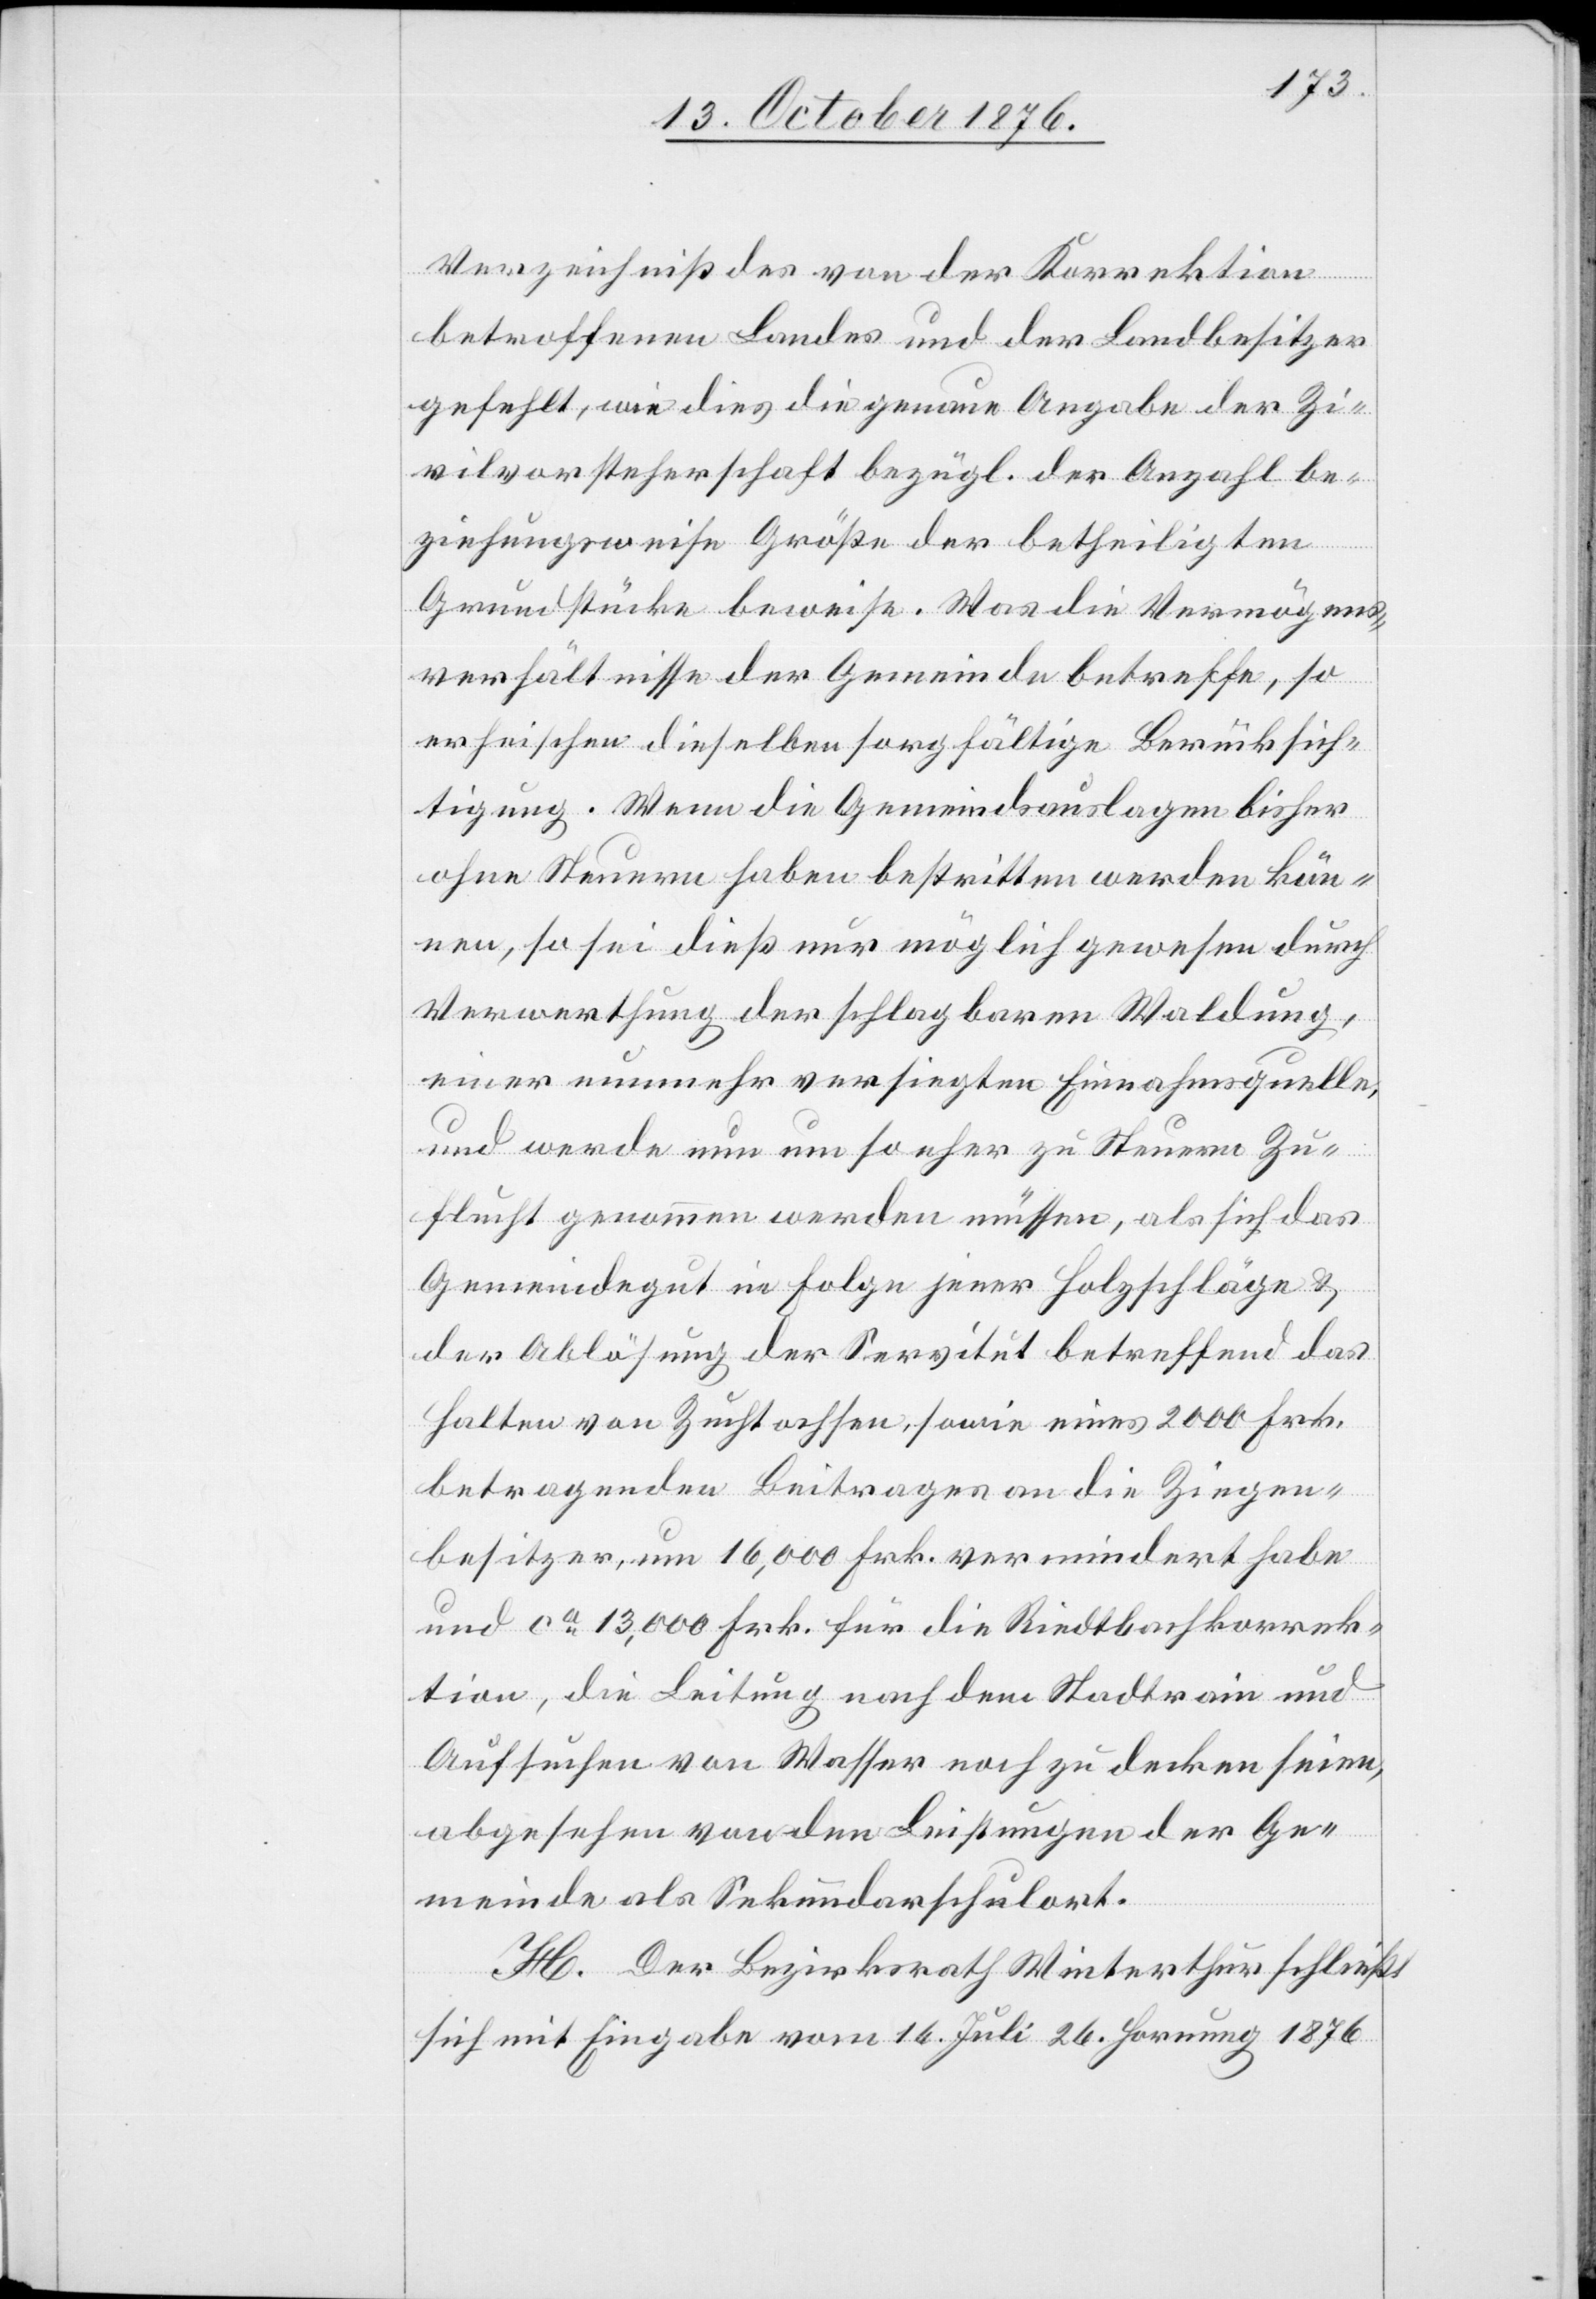
Verzeichniß des von der Korrektion
betroffenen Landes und der Landbesitzer
gefehlt, wie dies die genaue Angabe der Zi¬
vilvorsteherschaft bezügl. der Anzahl be¬
ziehungsweise Größe der betheiligten
Grundstücke beweise. Was die Vermögens¬
verhältnisse der Gemeinde betreffe, so
erheischen dieselben sorgfältige Berücksich¬
tigung. Wenn die Gemeindsauslagen bisher
ohne Steuern haben bestritten werden kön¬
nen, so sei dieß nur möglich gewesen durch
Verwerthung der schlagbaren Waldung,
einer nunmehr versiegten Einnahmsquelle,
und werde nun um so eher zu Steuern Zu¬
flucht genommen werden müssen, al sich das
Gemeindegut in Folge jener Holzschläge &
der Ablösung der Servitut betreffend das
Halten von Zuchtochsen, sowie eines 2000 Frk.
betragenden Beitrages an die Ziegen¬
besitzer, um 16,000 Frk. vermindert habe
und ca 13,000 Frk. für die Riedtbachkorrek¬
tion, die Leitung nach dem Stadtrain und
Aufsuchen von Wasser noch zu decken seien,
abgesehen von den Leistungen der Ge¬
meinde als Sekundarschulort.
H. Der Bezirksrath Winterthur schließt
sich mit Eingabe vom 16. Juli [und] 26. Hornung 1876